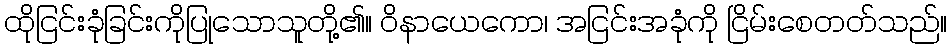
ထိုငြင်းခုံခြင်းကိုပြုသောသူတို့၏။ ဝိနာယေကော၊ အငြင်းအခုံကို ငြိမ်းစေတတ်သည်။